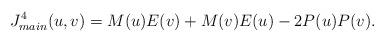
LaTeX: \begin{align*}J^4_{main}(u,v) = M(u) E(v) + M(v) E(u)- 2 P(u) P(v).\end{align*}